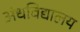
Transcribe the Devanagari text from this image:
अंधविद्यालय